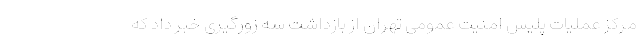
مرکز عملیات پلیس امنیت عمومی تهران از بازداشت سه زورگیری خبر داد که